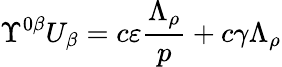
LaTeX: \Upsilon^{0\beta}U_{\beta}=c\varepsilon\frac{\Lambda_{\rho}}{p}+c\gamma\Lambda_{\rho}